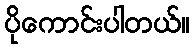
ပိုကောင်းပါတယ်။